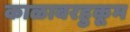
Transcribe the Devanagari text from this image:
काळाबरहुकूम